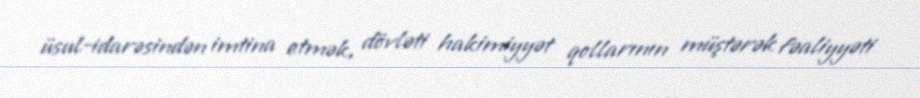
üsul-idarəsindən imtina etmək, dövləti hakimiyyət qollarının müştərək fəaliyyəti